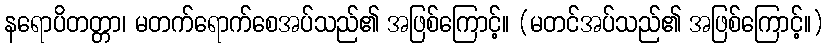
နရောပိတတ္တာ၊ မတက်ရောက်စေအပ်သည်၏ အဖြစ်ကြောင့်။ (မတင်အပ်သည်၏ အဖြစ်ကြောင့်။)